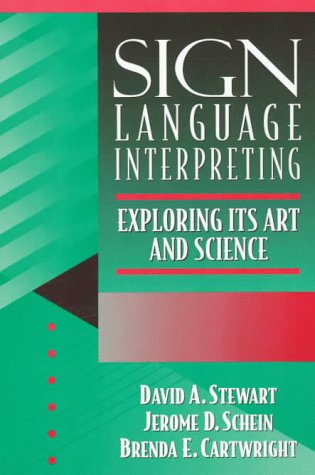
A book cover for Sign Language Interpreting: Its Art and Science; David A. Stewart; Reference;